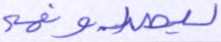
ليصدونهم